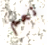
نعم